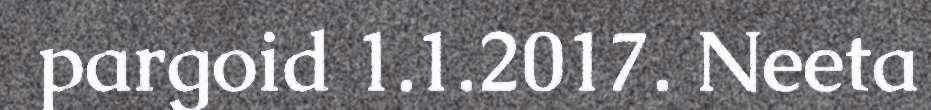
pargoid 1.1.2017. Neeta